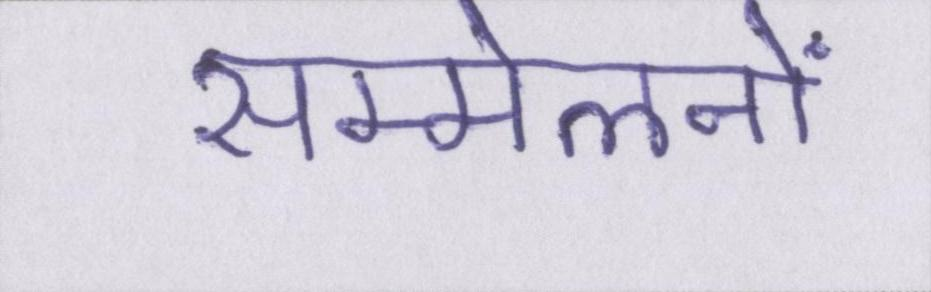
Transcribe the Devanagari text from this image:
सम्मेलनों